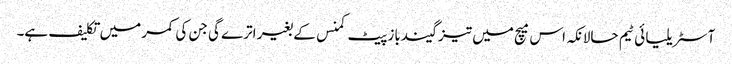
آسٹریلیا ئی ٹیم حالانکہ اس میچ میں تیز گیندباز پیٹ کمنس کے بغیر اترے گی جن کی کمر میں تکلیف ہے۔